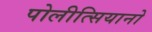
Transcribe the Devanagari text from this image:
पोलीत्सियानो